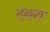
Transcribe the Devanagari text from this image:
दवरा